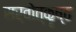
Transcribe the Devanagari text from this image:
सर्वोत्कॄष्ठ